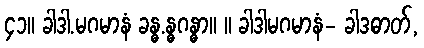
၄၁။ ခါဒါ.မဂမာနံ ခန္ဓ.န္ဓဂန္ဓာ။ ။ ခါဒါမဂမာနံ- ခါဒဓာတ်,